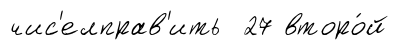
чис'елправ'ить 27 второ́й